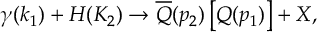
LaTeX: \gamma ( k _ { 1 } ) + H ( K _ { 2 } ) \rightarrow \overline { { { Q } } } ( p _ { 2 } ) \left[ Q ( p _ { 1 } ) \right] + X ,